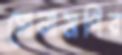
সোনামণির